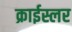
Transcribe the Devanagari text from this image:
क्राईस्लर